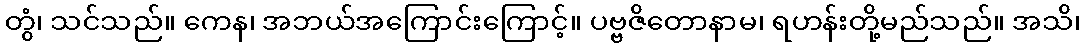
တွံ၊ သင်သည်။ ကေန၊ အဘယ်အကြောင်းကြောင့်။ ပဗ္ဗဇိတောနာမ၊ ရဟန်းတို့မည်သည်။ အသိ၊